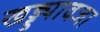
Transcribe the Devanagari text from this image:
खड्ड्यावजा